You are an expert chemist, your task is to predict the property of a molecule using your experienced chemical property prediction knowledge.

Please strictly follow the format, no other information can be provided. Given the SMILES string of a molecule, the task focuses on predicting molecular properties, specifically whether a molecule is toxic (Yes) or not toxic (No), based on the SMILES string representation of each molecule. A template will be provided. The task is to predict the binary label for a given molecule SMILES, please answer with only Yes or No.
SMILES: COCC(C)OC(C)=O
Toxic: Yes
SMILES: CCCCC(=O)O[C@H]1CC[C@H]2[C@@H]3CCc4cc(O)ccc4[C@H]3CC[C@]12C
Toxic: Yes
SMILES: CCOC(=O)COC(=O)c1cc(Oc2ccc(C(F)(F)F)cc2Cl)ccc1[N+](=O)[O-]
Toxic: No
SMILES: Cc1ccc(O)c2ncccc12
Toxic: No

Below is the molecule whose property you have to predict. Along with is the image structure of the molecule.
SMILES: CCn1c2ccccc2c2cc(N)ccc21
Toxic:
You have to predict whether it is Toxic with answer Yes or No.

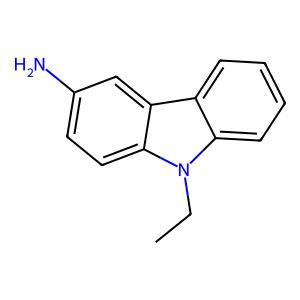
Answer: No